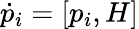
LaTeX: {\dot{p}}_{i}=[p_{i},H]